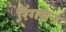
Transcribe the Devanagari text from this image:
रिंगचेन